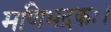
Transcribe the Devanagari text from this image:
मणिभद्रकः।